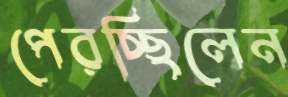
পেরচ্ছিলেন